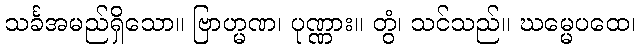
သင်္ခအမည်ရှိသော။ ဗြာဟ္မဏ၊ ပုဏ္ဏား။ တွံ၊ သင်သည်။ ဃမ္မေပထေ၊